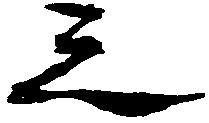
之